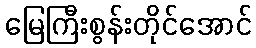
မြေကြီးစွန်းတိုင်အောင်